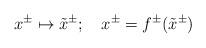
LaTeX: \begin{align*}x^\pm \mapsto \tilde x^\pm ;~~~x^\pm =f^\pm(\tilde x^\pm)\end{align*}